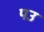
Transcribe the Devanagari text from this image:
पउ